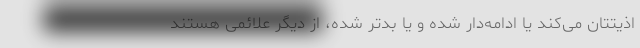
اذیتتان می‌کند یا ادامه‌دار شده و یا بدتر شده، از دیگر علائمی هستند